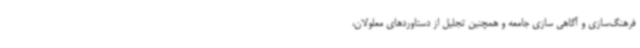
فرهنگ‌سازی و آگاهی ‌سازی جامعه و همچنین تجلیل از دستاوردهای معلولان،